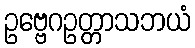
ဥဗ္ဗေဂဥတ္တာသဘယံ